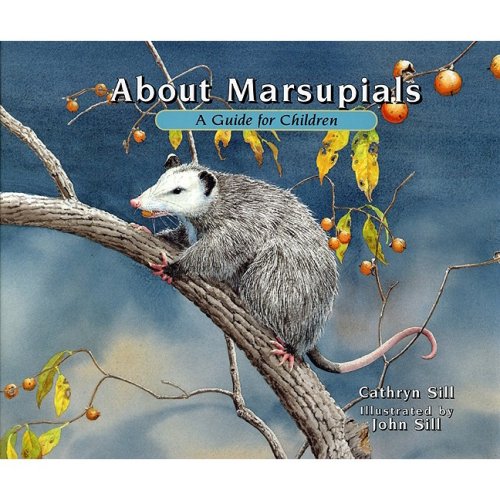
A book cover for About Marsupials: A Guide for Children (About... (Peachtree)); Cathryn Sill; Children's Books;